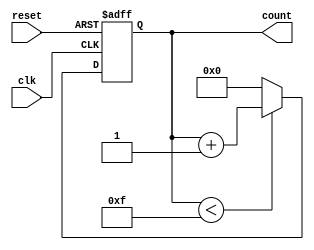
module binary_counter #(
    parameter N = 4  // Parameter for the number of bits in the counter
)(
    input wire clk,       // Clock signal
    input wire reset,     // Active-high reset signal
    output reg [N-1:0] count // N-bit output count
);

// Always block triggered on the rising edge of the clock or when reset is asserted
always @(posedge clk or posedge reset) begin
    if (reset) begin
        count <= 0; // Reset count to 0
    end else begin
        if (count < (1 << N) - 1) begin
            count <= count + 1; // Increment count
        end else begin
            count <= 0; // Wrap around to 0
        end
    end
end

endmodule